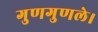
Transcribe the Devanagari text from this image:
गुणगुणले।